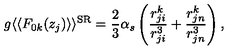
g \langle \langle F _ { 0 k } ( z _ { j } ) \rangle \rangle ^ { \mathrm { S R } } = \frac { 2 } { 3 } \alpha _ { s } \left( \frac { r _ { j i } ^ { k } } { r _ { j i } ^ { 3 } } + \frac { r _ { j n } ^ { k } } { r _ { j n } ^ { 3 } } \right) ,